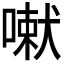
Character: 𭊄